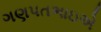
ગણપતભાઇએ